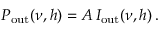
P _ { \mathrm { o u t } } ( \nu , h ) = A \, I _ { \mathrm { o u t } } ( \nu , h ) \, .